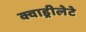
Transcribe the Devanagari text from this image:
क्वाड्रीलेटे